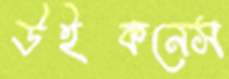
উইকনেস